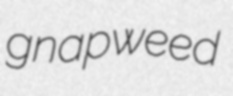
gnapweed